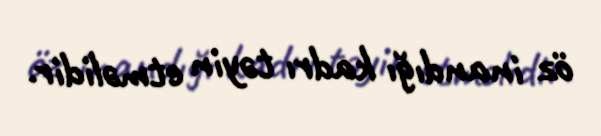
öz inandığı kadrı təyin etməlidir.